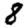
Digit: 8